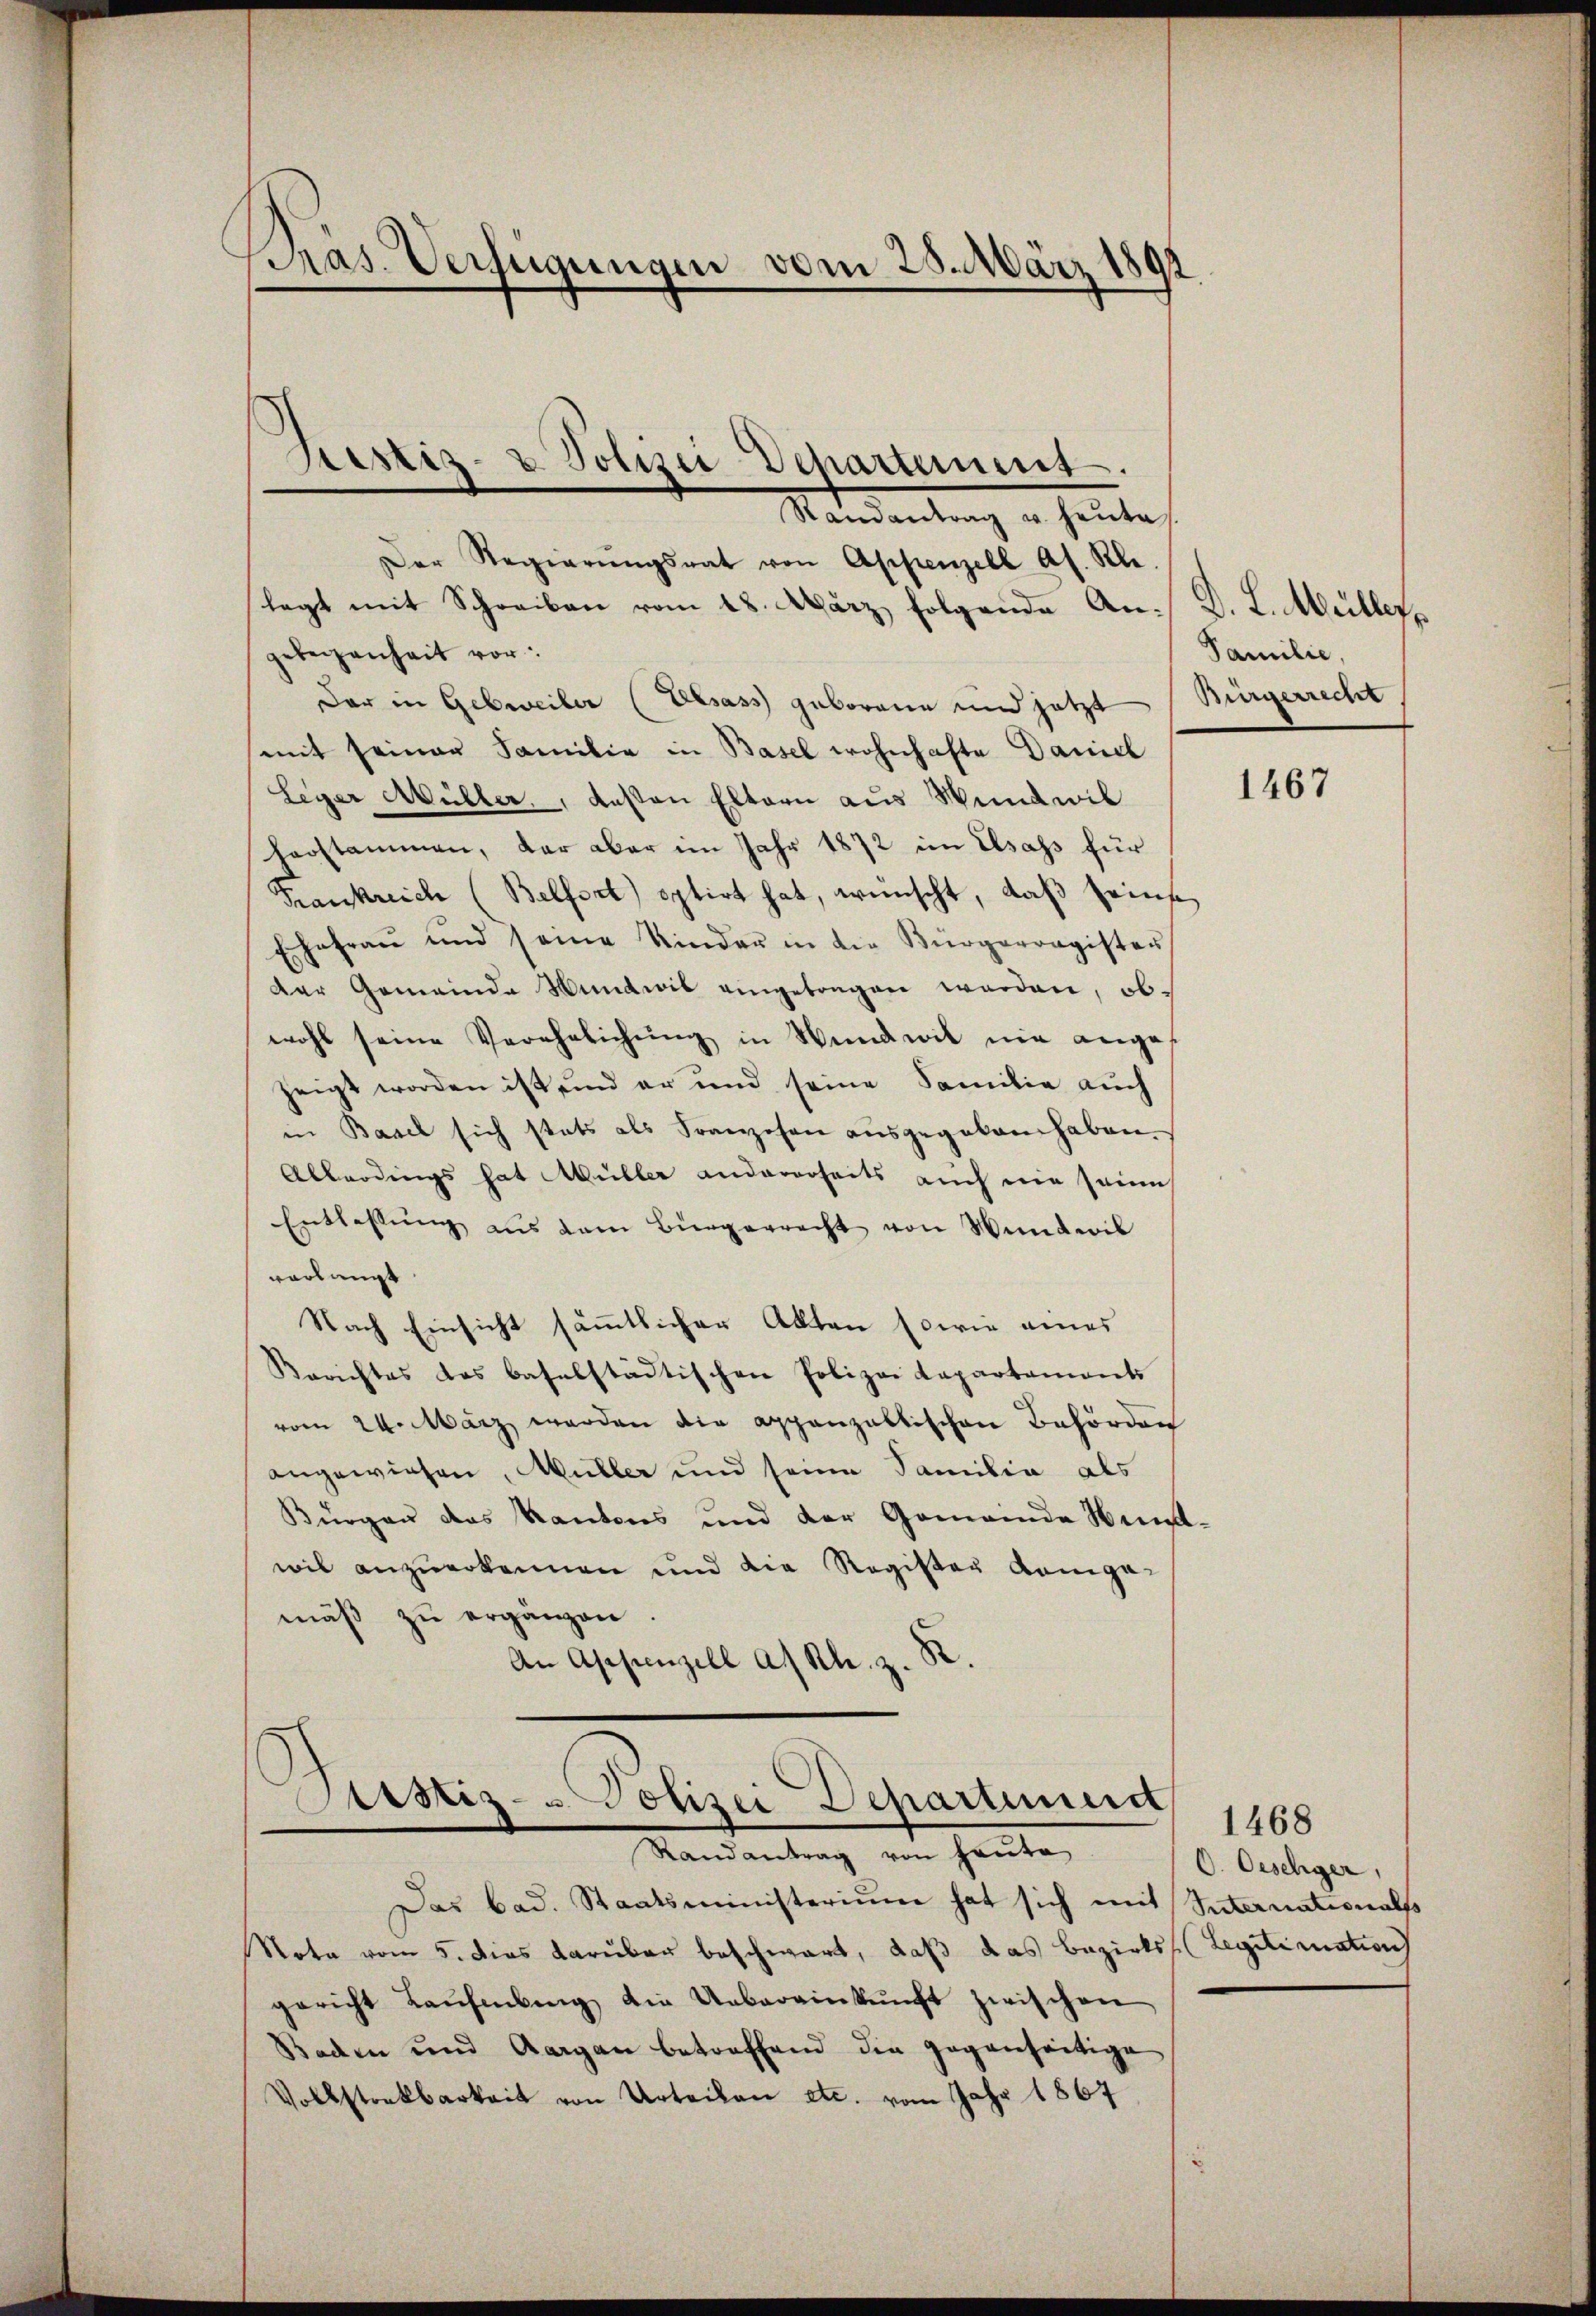
Pras. Verfügungen vom 25. März 1892

Der Regierŭngsrat von Appenzell As. Kl.
legt mit Schreiben vom 18. März folgende An- D. L. Müllergelegenheit vor:
Der in Gebwveiler (Elsass geborene und jetzt (Bürgerrecht
mit seiner Familie in Basel wohnhafte Daniel
Leger Müller, deßen Eltern aus Wind wil
herstammen, dar aber im Jahr 1872 im Elsass für
Frankreich (Belfort) optirt hat, wünscht, daß seine
Ehefrau und seine Kinder in die Bürgerragister
Der Gemeinde Mundwie eingetragen werden, obwohl seine Verehelichŭng in Wundwil nie angezeigt worden ist und er und seine Familie auch
in Basel sich stets als Franzosen ausgegeben haben.
Allerdings hat Müller andererseits auch nie seine
Entlassŭng aus dem Bürgerrecht von Wanderil
vorlangt
Nach Einsicht sämmtlicher Akten sowie eines
Berichtes das baselstädtischen Polizei Kapartaments
vom 24. März werden die appanzaltischen Behörden
angewiesen, Müller und seine Familia als
Bürgen das Kantons und der Gemeinde Hund-
wil anzuerkennen und die Register Kompemäβ zŭ ergänzen.
.
An Appenzell a. Rh. z.

Sistiz- & Polizei Departement.

Mandantung in heute

Sistiz- & Polizei-Departinen
Randantrag von heute

Familie,

Das bad. Staatsministerium hat sich mit Suternationals
Nota vom 5. dies darüber beschwart, daß das Bezirks (Legitimations
gericht Laŭfebung die Uebereinkunft zwischen
Baden und Aargau betreffend die gegenseitige
Volkstonkbarkeit von Urteilen etc. vom Jahr 1867

1467

1468
O. Oeschiger,